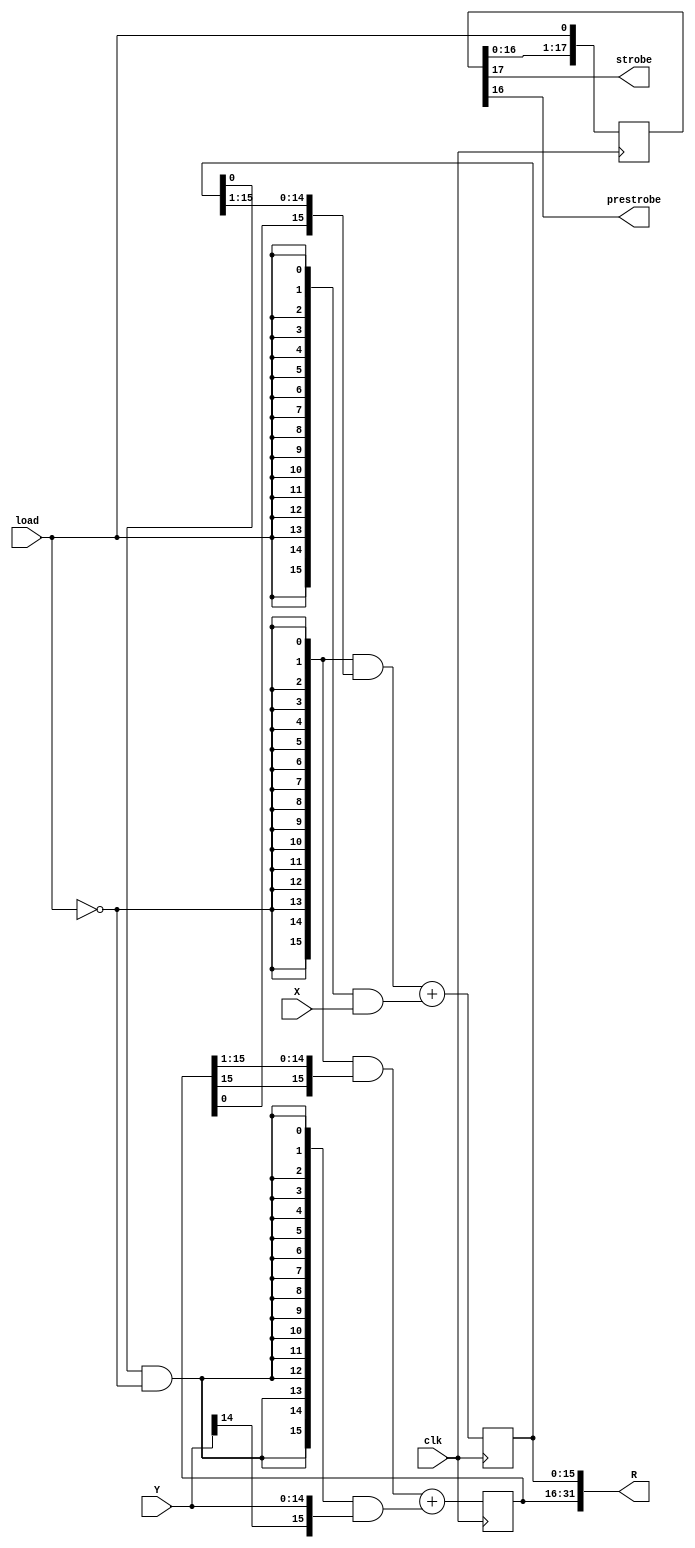
// Synthesizes to 19 slices at 135 MHz in XC3Sxxx-4 using XST-9.2.04i
`timescale 1ns / 1ns

// traditional multiplier
//
// X has the multiplier X for one cycle when load is high,
// then the multiplicand Y for the w following cycles.
// After those w+1 cycles total, R is valid and strobe goes high.
// The prestrobe output leads strobe by one cycle.
module mult_trad(clk,X,Y,load,R,strobe,prestrobe);

	parameter w=16;
	input clk;  // timespec 7.4 ns
	input [w-1:0] X;
	input signed [w-2:0] Y;
	input load;
	output signed [2*w-1:0] R;
	output strobe;
	output prestrobe;

reg signed [w-1:0] A=0;
reg [w-1:0] B=0;
reg [w+1:0] chain=0;
wire gate=B[0]&~load;
always @(posedge clk) begin
	// note sign extension in shift
	A <= ({w{~load}} & {A[w-1],A[w-1:1]}) + ({w{gate}} & {Y[w-2],Y});
	B <= ({w{~load}} & {A[  0],B[w-1:1]}) + ({w{load}} & X);
	chain <= {chain[w:0], load};
end

assign strobe=chain[w+1];
assign prestrobe=chain[w];
assign R={A,B};

endmodule